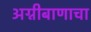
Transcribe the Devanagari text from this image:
अग्नीबाणाचा